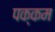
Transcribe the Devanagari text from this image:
पक्कम